Report on sanitation, dispensaries, and jails in Rajputana for 1910, and on vaccination for the year 1910-1911 - 1910-1911
Year: 1910
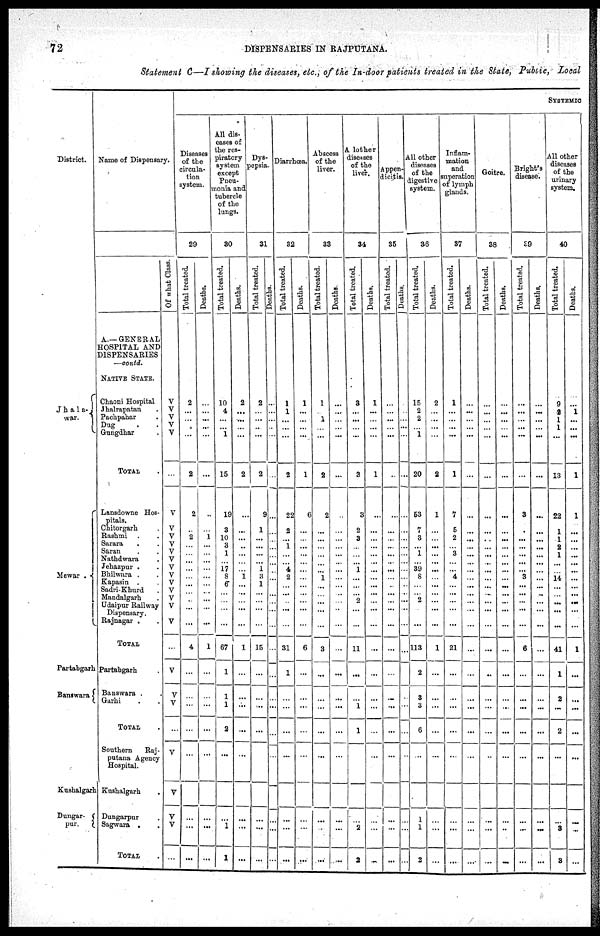
72
DISPENSARIES IN RAJPUTANA.
Statement C—I showing the diseases, etc., of the In-door patients treated in the State, Public, local
District.
Jhala¬
war.
Mewar .
Partabgarh
Banswara
Kushalgarh
Dungar¬
pur.
Name of Dispensary.
A.—GENERAL
HOSPITAL AND
DISPENSARIES
—contd.
NATIVE STATE.
Chaoni Hospital
Jhalrapatan .
Pachpahar .
Dug . .
Gungdhar .
TOTAL .
Lansdowne Hos-
pitals.
Chitorgarh .
Rashmi . .
Sarara
. .
Saran . .
Nathdwara .
Jehazpur . .
Bhilwara . .
Kapasin . .
Sadri-Khurd .
Mandalgarh .
Udaipur Railway
Dispensary.
Rajnagar . .
TOTAL
Partabgarh
Banswara . .
Garhi . .
TOTAL .
Southern
Raj¬
putana Agency
Hospital.
Kushalgarh .
Dungarpur .
Sagwara . .
TOTAL .
Of what Class.
V
V
V
V
V
...
V
V
V
V
V
V
V
V
V
V
V
V
V
...
V
V
V
...
V
V
V
V
...
SYSTEMIC
Diseases
of the
circula-
tion
system.
29
Total treated.
2
...
...
...
...
2
2
...
2
...
...
...
...
...
...
...
...
...
...
4
...
...
...
...
...
...
...
...
Deaths.
...
...
...
...
...
...
...
...
1
...
...
...
...
...
...
...
...
...
...
1
...
...
...
...
...
...
...
...
All dis-
eases of
the res-
piratory
system
except
Pneu¬
nonia and
tubercle
of the
lungs.
30
Total treated.
10
4
...
...
1
15
19
3
10
3
1
...
17
8
6
...
...
...
...
67
1
1
1
2
...
...
1
1
Deaths.
2
...
...
...
...
2
...
...
...
...
...
...
...
1
...
...
...
...
...
1
...
...
...
...
...
...
...
...
Dys-
-epsia.
31
Total treated.
2
...
...
...
...
2
9
1
...
...
...
...
1
3
1
...
...
...
...
15
...
...
...
...
...
...
...
...
Deaths.
...
...
...
...
...
...
...
...
...
...
...
...
...
...
...
...
...
...
...
...
...
...
...
...
...
...
...
...
Diarrhœa.
32
Tot al treated.
1
1
...
...
...
2
22
2
...
1
...
...
4
2
...
...
...
...
...
31
1
...
...
...
...
...
...
...
Deaths.
1
...
...
...
...
1
6
...
...
...
...
...
...
...
...
...
...
...
...
6
...
...
...
...
...
...
...
...
Abscess
of the
liver.
33
Total treated.
1
...
1
...
...
2
2
...
...
...
...
...
...
1
...
...
...
...
...
3
...
...
...
...
...
...
...
...
Deaths.
...
...
...
...
...
...
...
...
...
...
...
...
...
...
...
...
...
...
...
...
...
...
...
...
...
...
...
...
A lother
diseases
of the
liver.
34
Total treated.
3
...
...
...
...
3
3
2
3
...
...
...
1
...
...
...
2
...
...
11
...
...
1
1
...
...
2
2
Deaths.
1
...
...
...
...
1
...
...
...
...
...
...
...
...
...
...
...
...
...
...
...
...
...
...
...
...
...
...
Appen-
dicitis.
35
Total treated.
...
...
...
...
...
...
...
...
...
...
...
...
...
...
...
...
...
...
...
...
...
...
...
...
...
...
...
...
Deaths.
...
...
...
...
...
...
...
...
...
...
...
...
...
...
...
...
...
...
...
...
...
...
...
...
...
...
...
...
All other
diseases
of the
digestive
system.
36
Total treated.
15
2
2
...
1
20
53
7
3
...
1
...
39
8
...
...
2
...
...
113
2
3
3
6
...
1
1
2
Deaths.
2
...
...
...
...
2
1
...
...
...
...
...
...
...
...
...
...
...
...
1
...
...
...
...
...
...
...
...
Inflam-
mation
and
superation
of lymph
glands.
37
Total treated.
1
...
...
...
...
1
7
5
2
...
3
...
...
4
...
...
...
...
...
21
...
...
...
...
...
...
...
...
Deaths.
...
...
...
...
...
...
...
...
...
...
...
...
...
...
...
...
...
...
...
...
...
...
...
...
...
...
...
...
Goitre.
38
Tot al treated.
...
...
...
...
...
...
...
...
...
...
...
...
...
...
...
...
...
...
...
...
...
...
...
...
...
...
...
...
Deat hs .
...
...
...
...
...
...
...
...
...
...
...
...
...
...
...
...
...
...
...
...
...
...
...
...
...
...
...
...
Bright's
disease.
39
Total treated.
...
...
...
...
...
...
3
...
...
...
...
...
...
3
...
...
...
...
...
6
...
...
...
...
...
...
...
...
Deaths.
...
...
...
...
...
...
...
...
...
...
...
...
...
...
...
...
...
...
...
...
...
...
...
...
...
...
...
...
All other
diseases
of the
urinary
system.
40
Total treated.
9
2
1
1
...
13
22
1
1
2
1
...
...
14
...
...
...
...
...
41
1
2
...
2
...
...
3
3
Deaths.
...
1
...
...
...
1
1
...
...
...
...
...
...
...
...
...
...
...
...
1
...
...
...
...
...
...
...
...